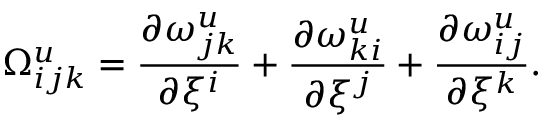
{ \Omega } _ { i j k } ^ { u } = \frac { { \partial } { \omega } _ { j k } ^ { u } } { { \partial } { \xi } ^ { i } } + \frac { { \partial } { \omega } _ { k i } ^ { u } } { { \partial } { \xi } ^ { j } } + \frac { { \partial } { \omega } _ { i j } ^ { u } } { { \partial } { \xi } ^ { k } } .